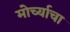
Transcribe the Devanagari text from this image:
मोर्च्याचा